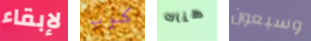
لإبقاء كوب هناك وسبعون